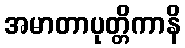
အမာတာပုတ္တိကာနိ